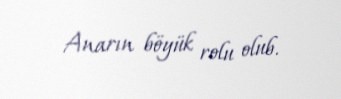
Anarın böyük rolu olub.